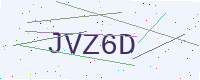
Text: JVZ6D